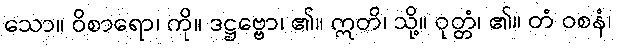
သော။ ဝိစာရော၊ ကို။ ဒဋ္ဌဗ္ဗော၊ ၏။ ဣတိ၊ သို့။ ဝုတ္တံ၊ ၏။ တံ ဝစနံ၊